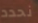
نحدد